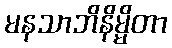
မနသာဘိနိမ္မိတာ